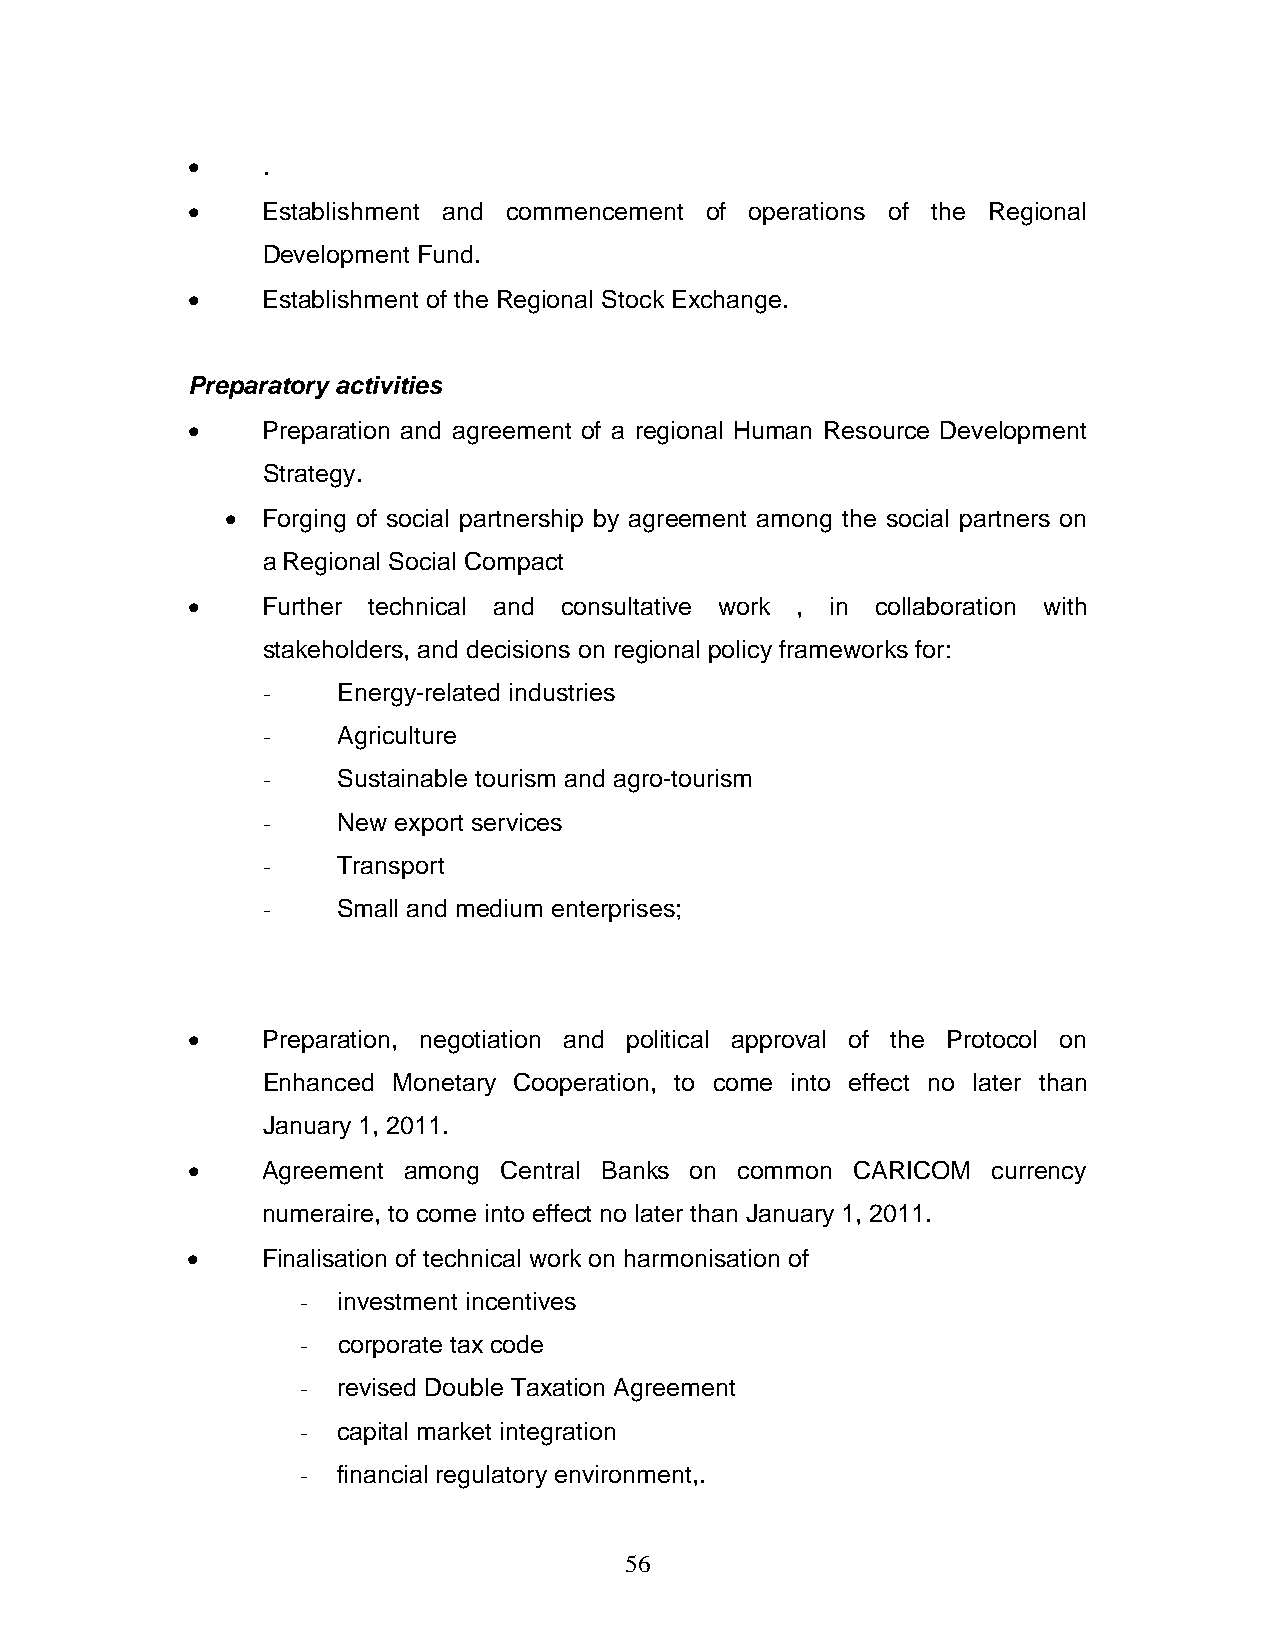
•    .
 •    Establishment and commencement of operations of the Regional
 Development Fund.
 •    Establishment of the Regional Stock Exchange.
 Preparatory activities
 •    Preparation and agreement of a regional Human Resource Development
 Strategy.
 • Forging of social partnership by agreement among the social partners on
 a Regional Social Compact
 •    Further technical and consultative work , in collaboration with
 stakeholders, and decisions on regional policy frameworks for:
 -    Energy-related industries
 -    Agriculture
 -    Sustainable tourism and agro-tourism
 -    New export services
 -    Transport
 -    Small and medium enterprises;
 •    Preparation, negotiation and political approval of the Protocol on
 Enhanced Monetary Cooperation, to come into effect no later than
 January 1, 2011.
 •    Agreement among Central Banks on common CARICOM  currency
 numeraire, to come into effect no later than January 1, 2011.
 •    Finalisation of technical work on harmonisation of
 - investment incentives
 - corporate tax code
 - revised Double Taxation Agreement
 - capital market integration
 - financial regulatory environment,.
 56